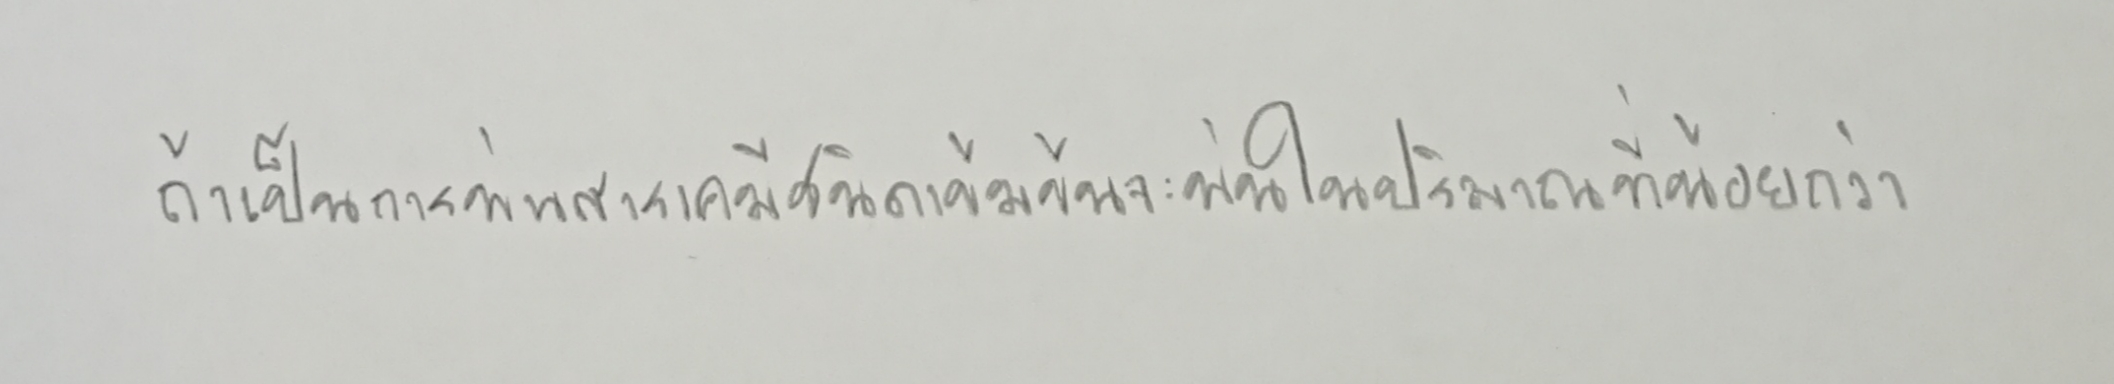
ถ้าเป็นการพ่นสารเคมีชนิดเข้มข้นจะพ่นในปริมาณที่น้อยกว่า